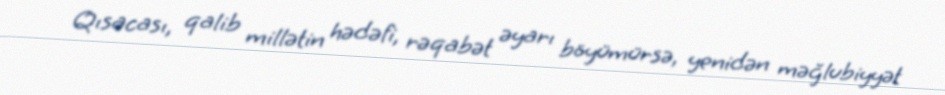
Qısacası, qalib millətin hədəfi, rəqabət əyarı böyümürsə, yenidən məğlubiyyət